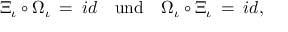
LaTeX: \Xi _ { \iota } \circ \Omega _ { \iota } \: = \: i d \quad \mathrm { u n d } \quad \Omega _ { \iota } \circ \Xi _ { \iota } \: = \: i d ,